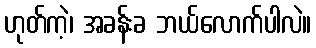
ဟုတ်ကဲ့၊ အခန်းခ ဘယ်လောက်ပါလဲ။